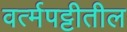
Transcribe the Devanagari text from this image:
वर्त्मपट्टीतील